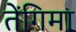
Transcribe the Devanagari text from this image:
तेंगिमा